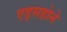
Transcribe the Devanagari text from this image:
एड्सहोने